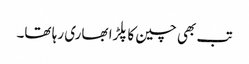
تب بھی چین کا پلڑا بھاری رہا تھا۔